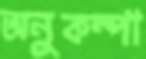
অনুকম্পা